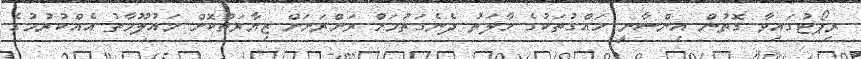
ރިޕޯޓުގައިވާ ގޮތުން އިންސާނީ ހައްގުތަކުގެ ހާލަތު ދެނެގަތުމަށް ރަށްރަށަށް ޒިޔާރަތްކޮށް މައުލޫމާތު އެއްކުރުމުގެ